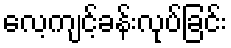
လေ့ကျင့်ခန်းလုပ်ခြင်း